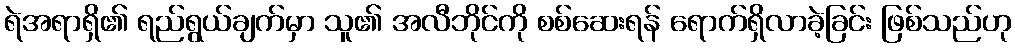
ရဲအရာရှိ၏ ရည်ရွယ်ချက်မှာ သူ၏ အလီဘိုင်ကို စစ်ဆေးရန် ရောက်ရှိလာခဲ့ခြင်း ဖြစ်သည်ဟု